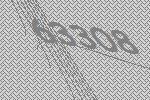
63308